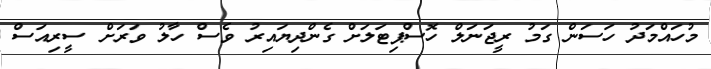
މުހައްމަދު ހަސަން ގަމު ރީޖަނަލް ހޮސްޕިޓަލަށް ގެންދިޔައިރު ވެސް ހާލު ވަރަށް ސީރިއަސް